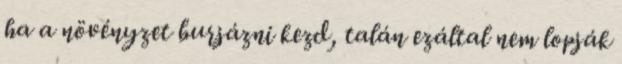
ha a növényzet burjázni kezd, talán ezáltal nem lopják